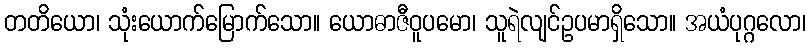
တတိယော၊ သုံးယောက်မြောက်သော။ ယောဓာဇီဝူပမော၊ သူရဲလျင်ဥပမာရှိသော။ အယံပုဂ္ဂလော၊